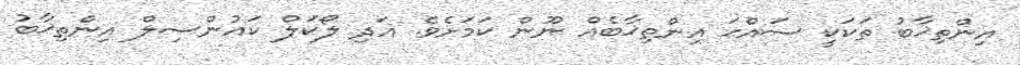
އިންތިޚާބު ތަކަކީ ސައްޙަ އިންތިޚާބެއް ނޫން ކަމަށެވެ. އަދި ލޯކަލް ކައުންސިލް އިންތިޚާބު